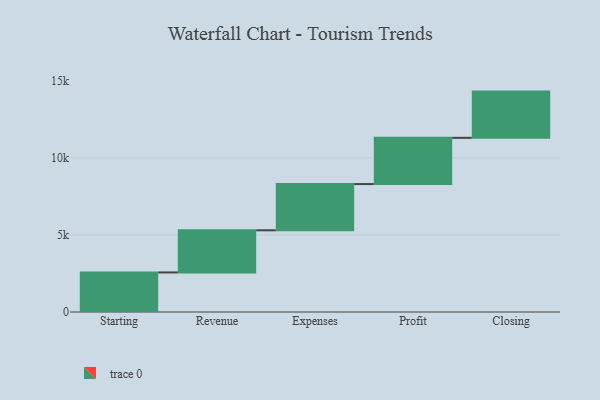
{"axis": {"x": "Step", "y": "Value"}, "legend": [""], "data": [{"x": "Starting", "y": 2567.0, "type": ""}, {"x": "Revenue", "y": 2734.0, "type": ""}, {"x": "Expenses", "y": 3000, "type": ""}, {"x": "Profit", "y": 3000, "type": ""}, {"x": "Closing", "y": 3000, "type": ""}]}